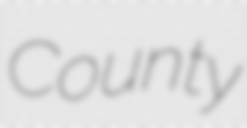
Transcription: County